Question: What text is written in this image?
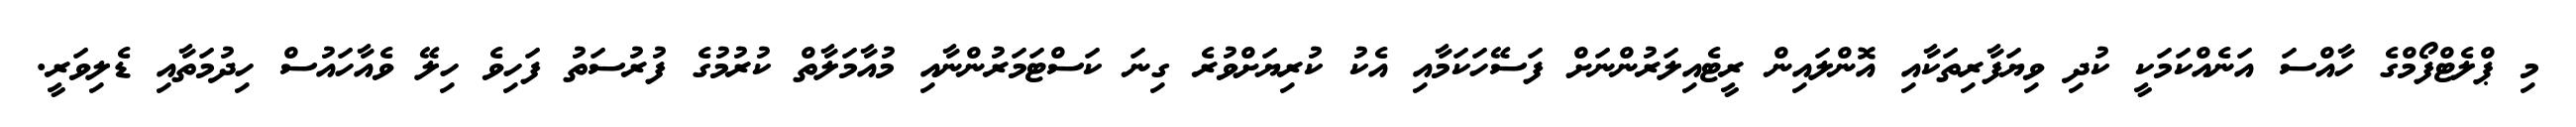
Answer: މި ޕްލެޓްފޯމްގެ ހާއްސަ އަނެއްކަމަކީ ކުދި ވިޔަފާރިތަކާއި އޮންލައިން ރީޓެއިލަރުންނަށް ފަސޭހަކަމާއި އެކު ކުރިޔަށްވުރެ ގިނަ ކަސްޓަމަރުންނާއި މުއާމަލާތް ކުރުމުގެ ފުރުސަތު ފަހިވެ ހިލޭ ވެއާހައުސް ހިދުމަތާއި ޑެލިވަރީ.